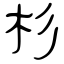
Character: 杉